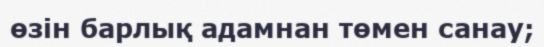
өзін барлық адамнан төмен санау;